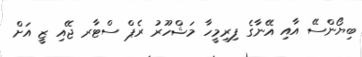
ބިޔޯންސޭ އާއި އޭނާގެ ފިރިމީހާ މަޝްހޫރު ރެޕް ސްޓާރ ޖޭއި ޒީ އަށް